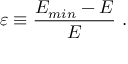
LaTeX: \varepsilon \equiv \frac { E _ { m i n } - E } { E } \ .